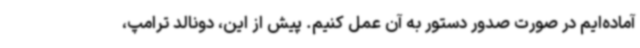
آماده‌ایم در صورت صدور دستور به آن عمل کنیم. پیش از این، دونالد ترامپ،